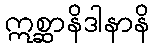
ဣစ္ဆာနိဒါနာနိ